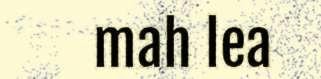
mah lea